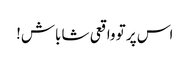
اس پر تو واقعی شاباش!